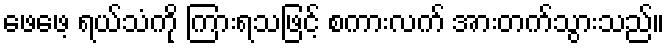
ဖေဖေ့ ရယ်သံကို ကြားရသဖြင့် စကားလက် အားတက်သွားသည်။